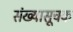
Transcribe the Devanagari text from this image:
संख्यासूचक